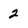
Character: 2